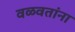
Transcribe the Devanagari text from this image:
वळवतांना